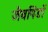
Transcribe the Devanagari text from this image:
जैवपिंडों